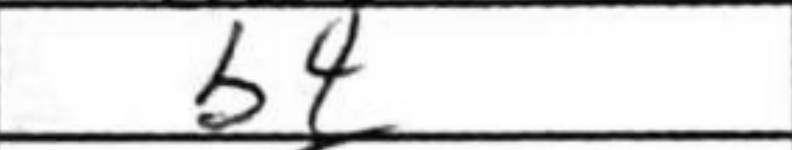
Transcription: b4